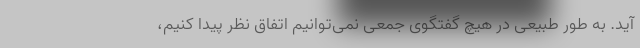
آید. به طور طبیعی در هیچ گفتگوی جمعی نمی‌توانیم اتفاق نظر پیدا کنیم،